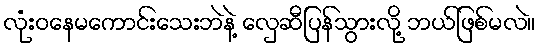
လုံးဝနေမကောင်းသေးဘဲနဲ့ လှေဆီပြန်သွားလို့ ဘယ်ဖြစ်မလဲ။